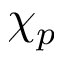
\chi _ { p }